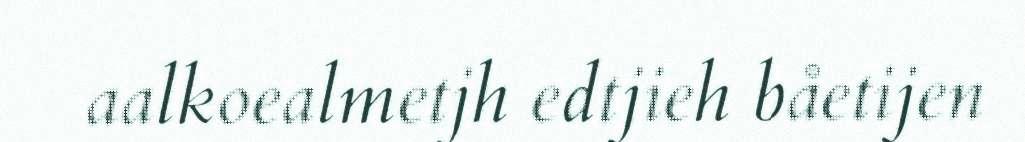
aalkoealmetjh edtjieh båetijen